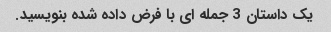
یک داستان 3 جمله ای با فرض داده شده بنویسید.